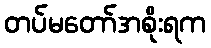
တပ်မတော်အစိုးရက